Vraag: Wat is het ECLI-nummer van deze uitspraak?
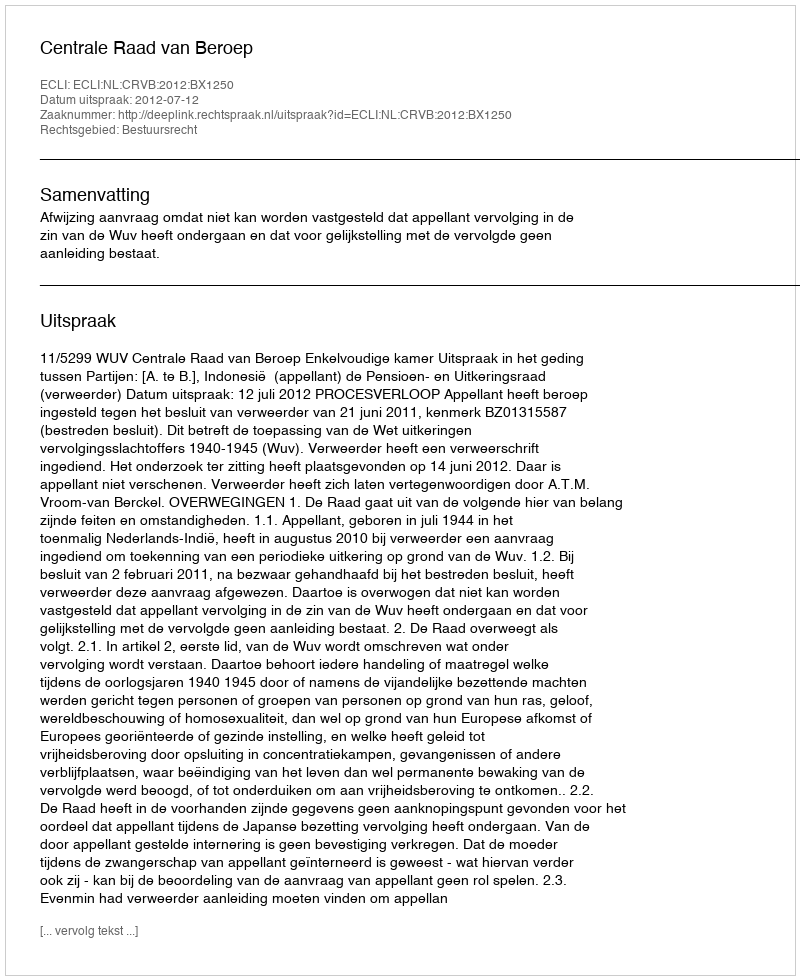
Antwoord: ECLI:NL:CRVB:2012:BX1250